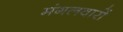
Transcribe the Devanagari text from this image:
मंगलवारों